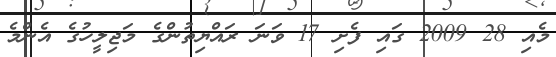
މެއި 28 2009 ގައި ފެށި 17 ވަނަ ރައްޔިތުންގެ މަޖިލީހުގެ އެންމެ